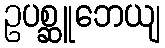
ဥပစ္ဆူဘေယျ